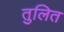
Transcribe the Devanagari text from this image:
तुलित